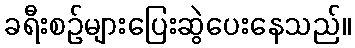
ခရီးစဉ်များပြေးဆွဲပေးနေသည်။